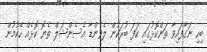
ބިހި ނަގާފައިވާ ތަންކޮޅުގައި ކަފަ ބުރަކުން ލެވެންޑާ އެސެންޝަލް ތެޔޮ ކޮޅެއް ހޭކުމުން